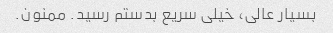
بسیار عالی، خیلی سریع بدستم رسید. ممنون.